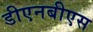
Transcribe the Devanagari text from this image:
डीएनबीएस